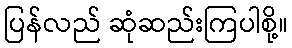
ပြန်လည် ဆုံဆည်းကြပါစို့။